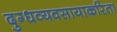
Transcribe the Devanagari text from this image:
दुग्धव्यवसायाकरिता